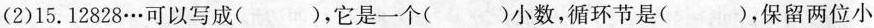
数约是( )。